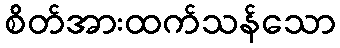
စိတ်အားထက်သန်သော